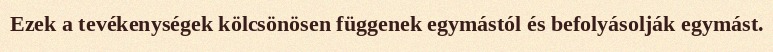
Ezek a tevékenységek kölcsönösen függenek egymástól és befolyásolják egymást.